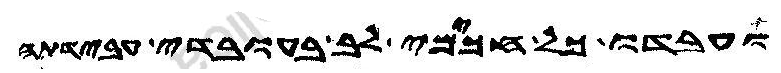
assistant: ועבדו כל חכימי לב בעובדי עבידתה